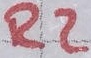
Text: R2